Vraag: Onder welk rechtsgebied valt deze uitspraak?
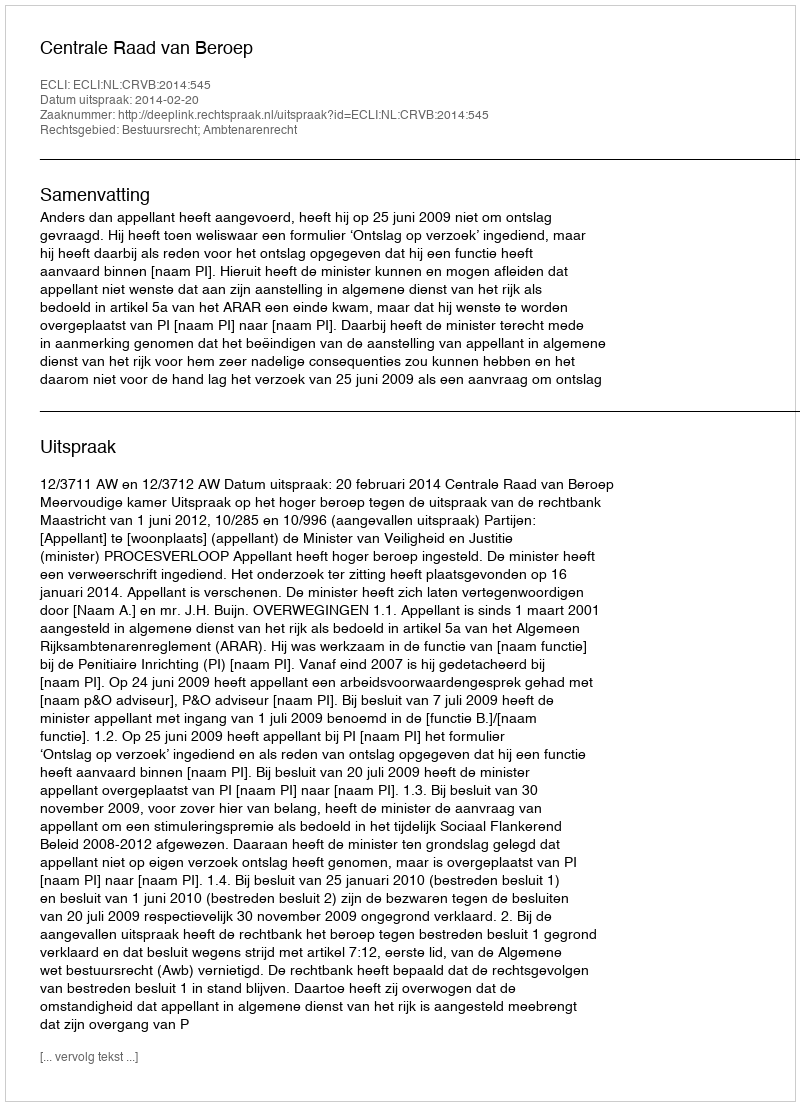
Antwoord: Bestuursrecht; Ambtenarenrecht